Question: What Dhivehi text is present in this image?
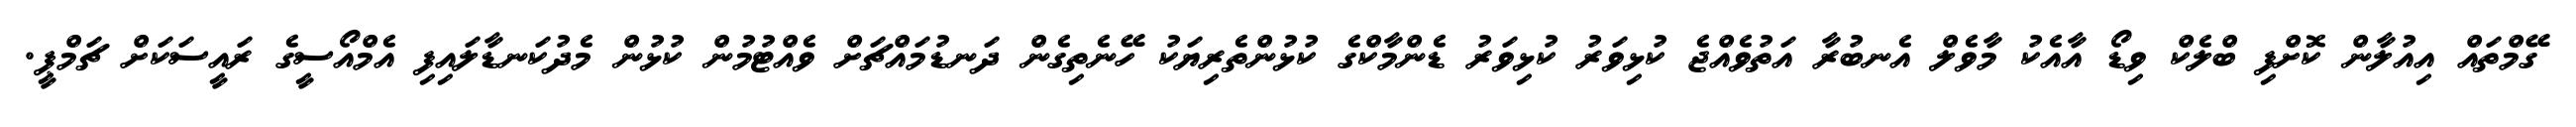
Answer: ގޭމްތައް އިއުލާން ކޮށްފި ބްލެކް ވިޑޯ އާއެކު މާވެލް އެނބުރާ އަތުވެއްޖެ ކުޅިވަރު ކުޅިވަރު ޑެންމާކްގެ ކުޅުންތެރިޔަކު ހޭނެތިގެން ދަނޑުމައްޗަށް ވެއްޓުމުން ކުޅުން މެދުކަނޑާލައިފި އެމްއޯސީގެ ރައީސަކަށް ޗަމްޕީ.